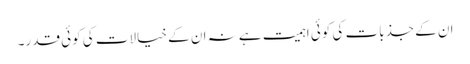
ان کے جذبات کی کوئی اہمیت ہے نہ ان کے خیالات کی کوئی قدر۔